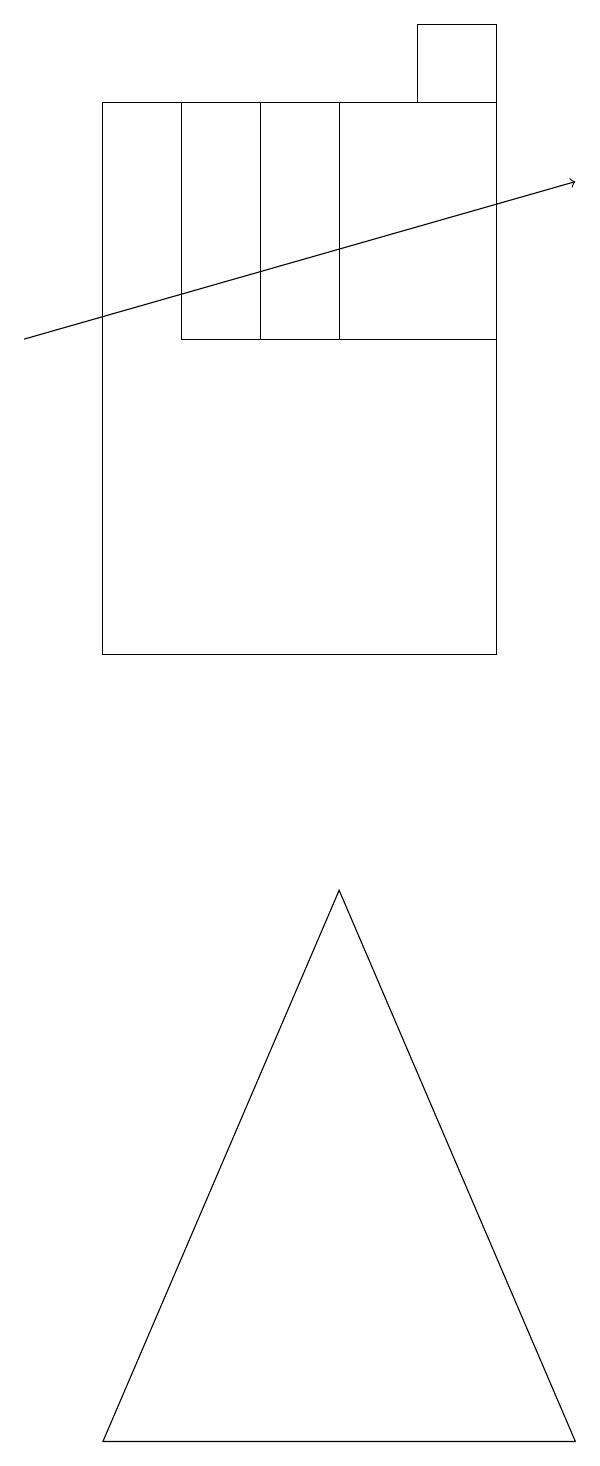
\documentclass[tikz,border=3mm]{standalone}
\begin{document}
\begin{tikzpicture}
\draw[->] (2,14) -- (9,16);
\draw (8,17) rectangle (7,18);
\draw (9,0) -- (6,7) -- (3,0) -- cycle;
\draw (8,17) rectangle (3,10);
\draw (4,14) rectangle (8,17);
\draw (5,14) rectangle (6,17);
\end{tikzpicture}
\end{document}